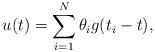
LaTeX: \begin{align*} u(t) = \sum_{i=1}^N \theta_i g(t_i-t), \end{align*}